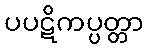
ပပဋိကပ္ပတ္တာ